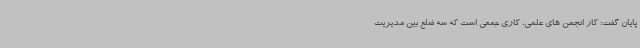
پایان گفت: کار انجمن های علمی، کاری جمعی است که سه ضلع بین مدیریت